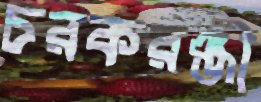
চরকরঞ্জী